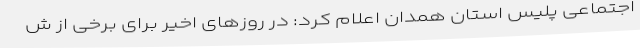
اجتماعی پلیس استان همدان اعلام کرد: در روزهای اخیر برای برخی از ش